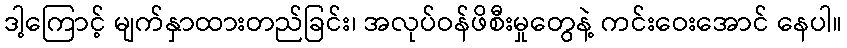
ဒါ့ကြောင့် မျက်နှာထားတည်ခြင်း၊ အလုပ်ဝန်ဖိစီးမှုတွေနဲ့ ကင်းဝေးအောင် နေပါ။